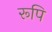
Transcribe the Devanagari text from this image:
रूपि